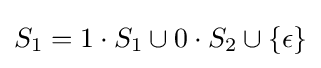
S_{1}=1\cdot S_{1}\cup 0\cdot S_{2}\cup \{\epsilon \}